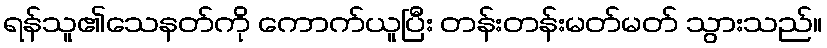
ရန်သူ၏သေနတ်ကို ကောက်ယူပြီး တန်းတန်းမတ်မတ် သွားသည်။